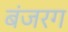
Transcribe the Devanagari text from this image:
बंजरग